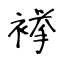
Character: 𧜎